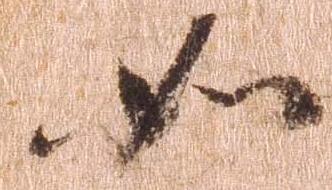
如